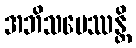
အဘိသမေဿန္တိ